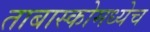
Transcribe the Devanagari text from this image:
ताबास्कोमध्येच